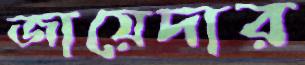
জায়েদার